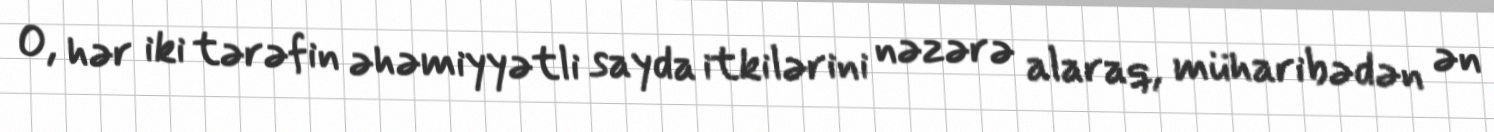
O, hər iki tərəfin əhəmiyyətli sayda itkilərini nəzərə alaraq, müharibədən ən